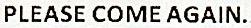
PLEASE COME AGAIN.